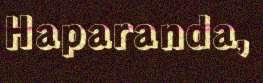
Haparanda,